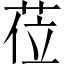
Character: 莅